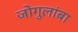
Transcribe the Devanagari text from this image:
जोगुलांबा